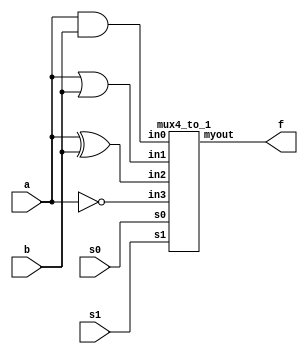
module sample (a,b,s0,s1,f);
	output f;
	input a,b,s0,s1;
	wire w1,w2,w3,w4;
	and(w1,a,b);
	or(w2,a,b);
	xor(w3,a,b);
	not(w4,a);
mux4_to_1 mux(f,w1,w2,w3,w4,s0,s1);
endmodule
module mux4_to_1 (myout,in0,in1,in2,in3,s0,s1);
	output myout;
	input in0,in1,in2,in3,s0,s1;
	wire w1,w2;
	mux2_to_1 mymux1(w1,in0,in1,s0);
	mux2_to_1 mymux2(w2,in2,in3,s0);
	mux2_to_1 mymux3(myout,w1,w2,s1);
endmodule

module mux2_to_1(out,i0,i1,s);
	output out;
	input i0,i1;
	input s;
	wire w0,w1;
	wire sbar;
	not(sbar,s);
	and(w0,i0,sbar);
	and(w1,i1,s);
	or(out,w0,w1);
endmodule